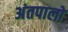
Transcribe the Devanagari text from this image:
अंतपालों